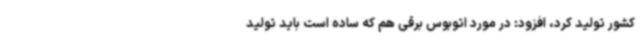
کشور تولید کرد، افزود: در مورد اتوبوس برقی هم که ساده است باید تولید